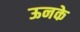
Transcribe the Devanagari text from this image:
ऊनके